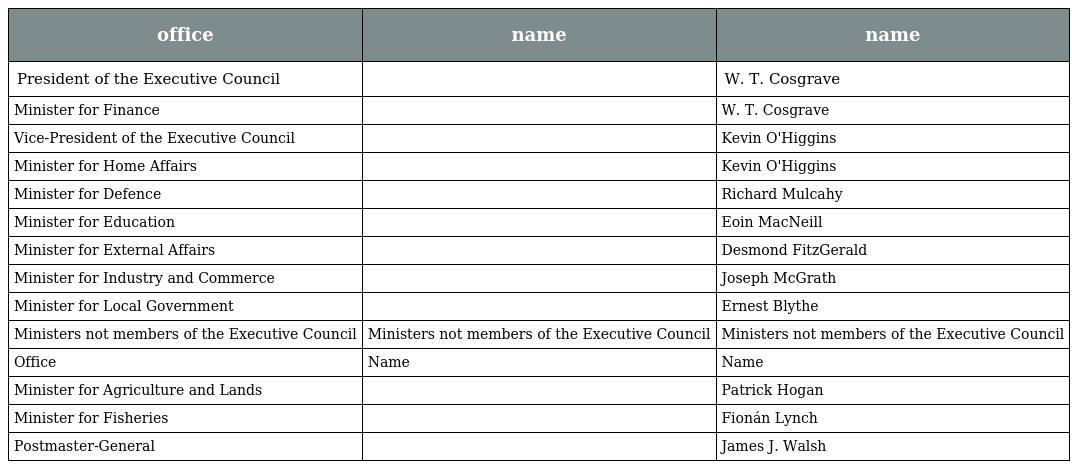
| office | name | name |
 | --- | --- | --- |
 | President of the Executive Council |  | W. T. Cosgrave |
 | Minister for Finance |  | W. T. Cosgrave |
 | Vice-President of the Executive Council |  | Kevin O'Higgins |
 | Minister for Home Affairs |  | Kevin O'Higgins |
 | Minister for Defence |  | Richard Mulcahy |
 | Minister for Education |  | Eoin MacNeill |
 | Minister for External Affairs |  | Desmond FitzGerald |
 | Minister for Industry and Commerce |  | Joseph McGrath |
 | Minister for Local Government |  | Ernest Blythe |
 | Ministers not members of the Executive Council | Ministers not members of the Executive Council | Ministers not members of the Executive Council |
 | Office | Name | Name |
 | Minister for Agriculture and Lands |  | Patrick Hogan |
 | Minister for Fisheries |  | Fionán Lynch |
 | Postmaster-General |  | James J. Walsh |